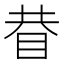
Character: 𥆇